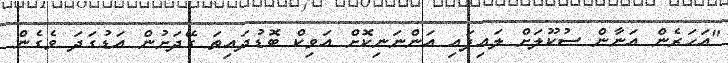
"އަހަރެން އަނާން ސުކޫލަށް ލައިފައި އަންނަނިކޮށް އަވިކް ބޮޑުދައިތަ ގޭދަށުން އަޑުގަދަ ވެގެން